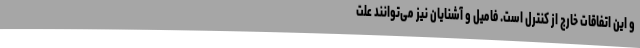
و این اتفاقات خارج از کنترل است. فامیل و آشنایان نیز می‌توانند علت